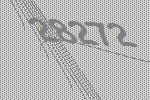
28272